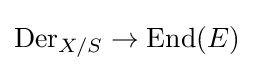
\operatorname {Der} _{X/S}\to \operatorname {End} (E)